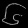
Digit: ၆